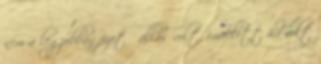
nem a legjobban fizető állás volt, emellett ha volt